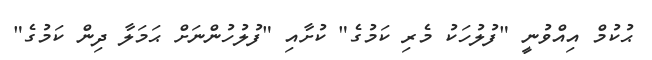
ޙުކުމް އިއްވުނީ "ފުލުހަކު މެރި ކަމުގެ" ކުށާއި "ފުލުހުންނަށް ޙަމަލާ ދިން ކަމުގެ"